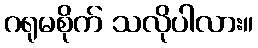
ဂရုမစိုက် သလိုပါလား။